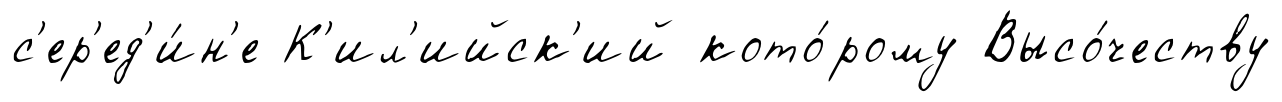
с'ер'ед'и́н'е К'ил'ийск'ий кото́рому Высо́честву